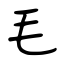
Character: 毛